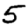
Digit: 5